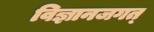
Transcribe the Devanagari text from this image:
विज्ञानजगत्‌